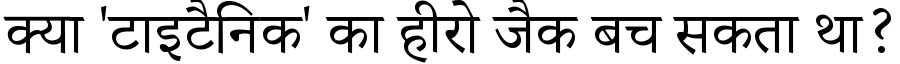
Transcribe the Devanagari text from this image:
क्या 'टाइटैनिक' का हीरो जैक बच सकता था?